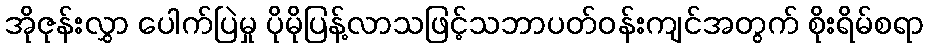
အိုဇုန်းလွှာ ပေါက်ပြဲမှု ပိုမိုပြန့်လာသဖြင့်သဘာပတ်ဝန်းကျင်အတွက် စိုးရိမ်စရာ